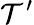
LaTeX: \mathcal{T}^{\prime}